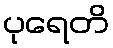
ပုရေတိ